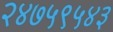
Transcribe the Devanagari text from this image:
२४७५९५४३